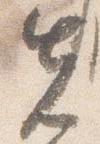
先